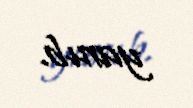
yanıb.